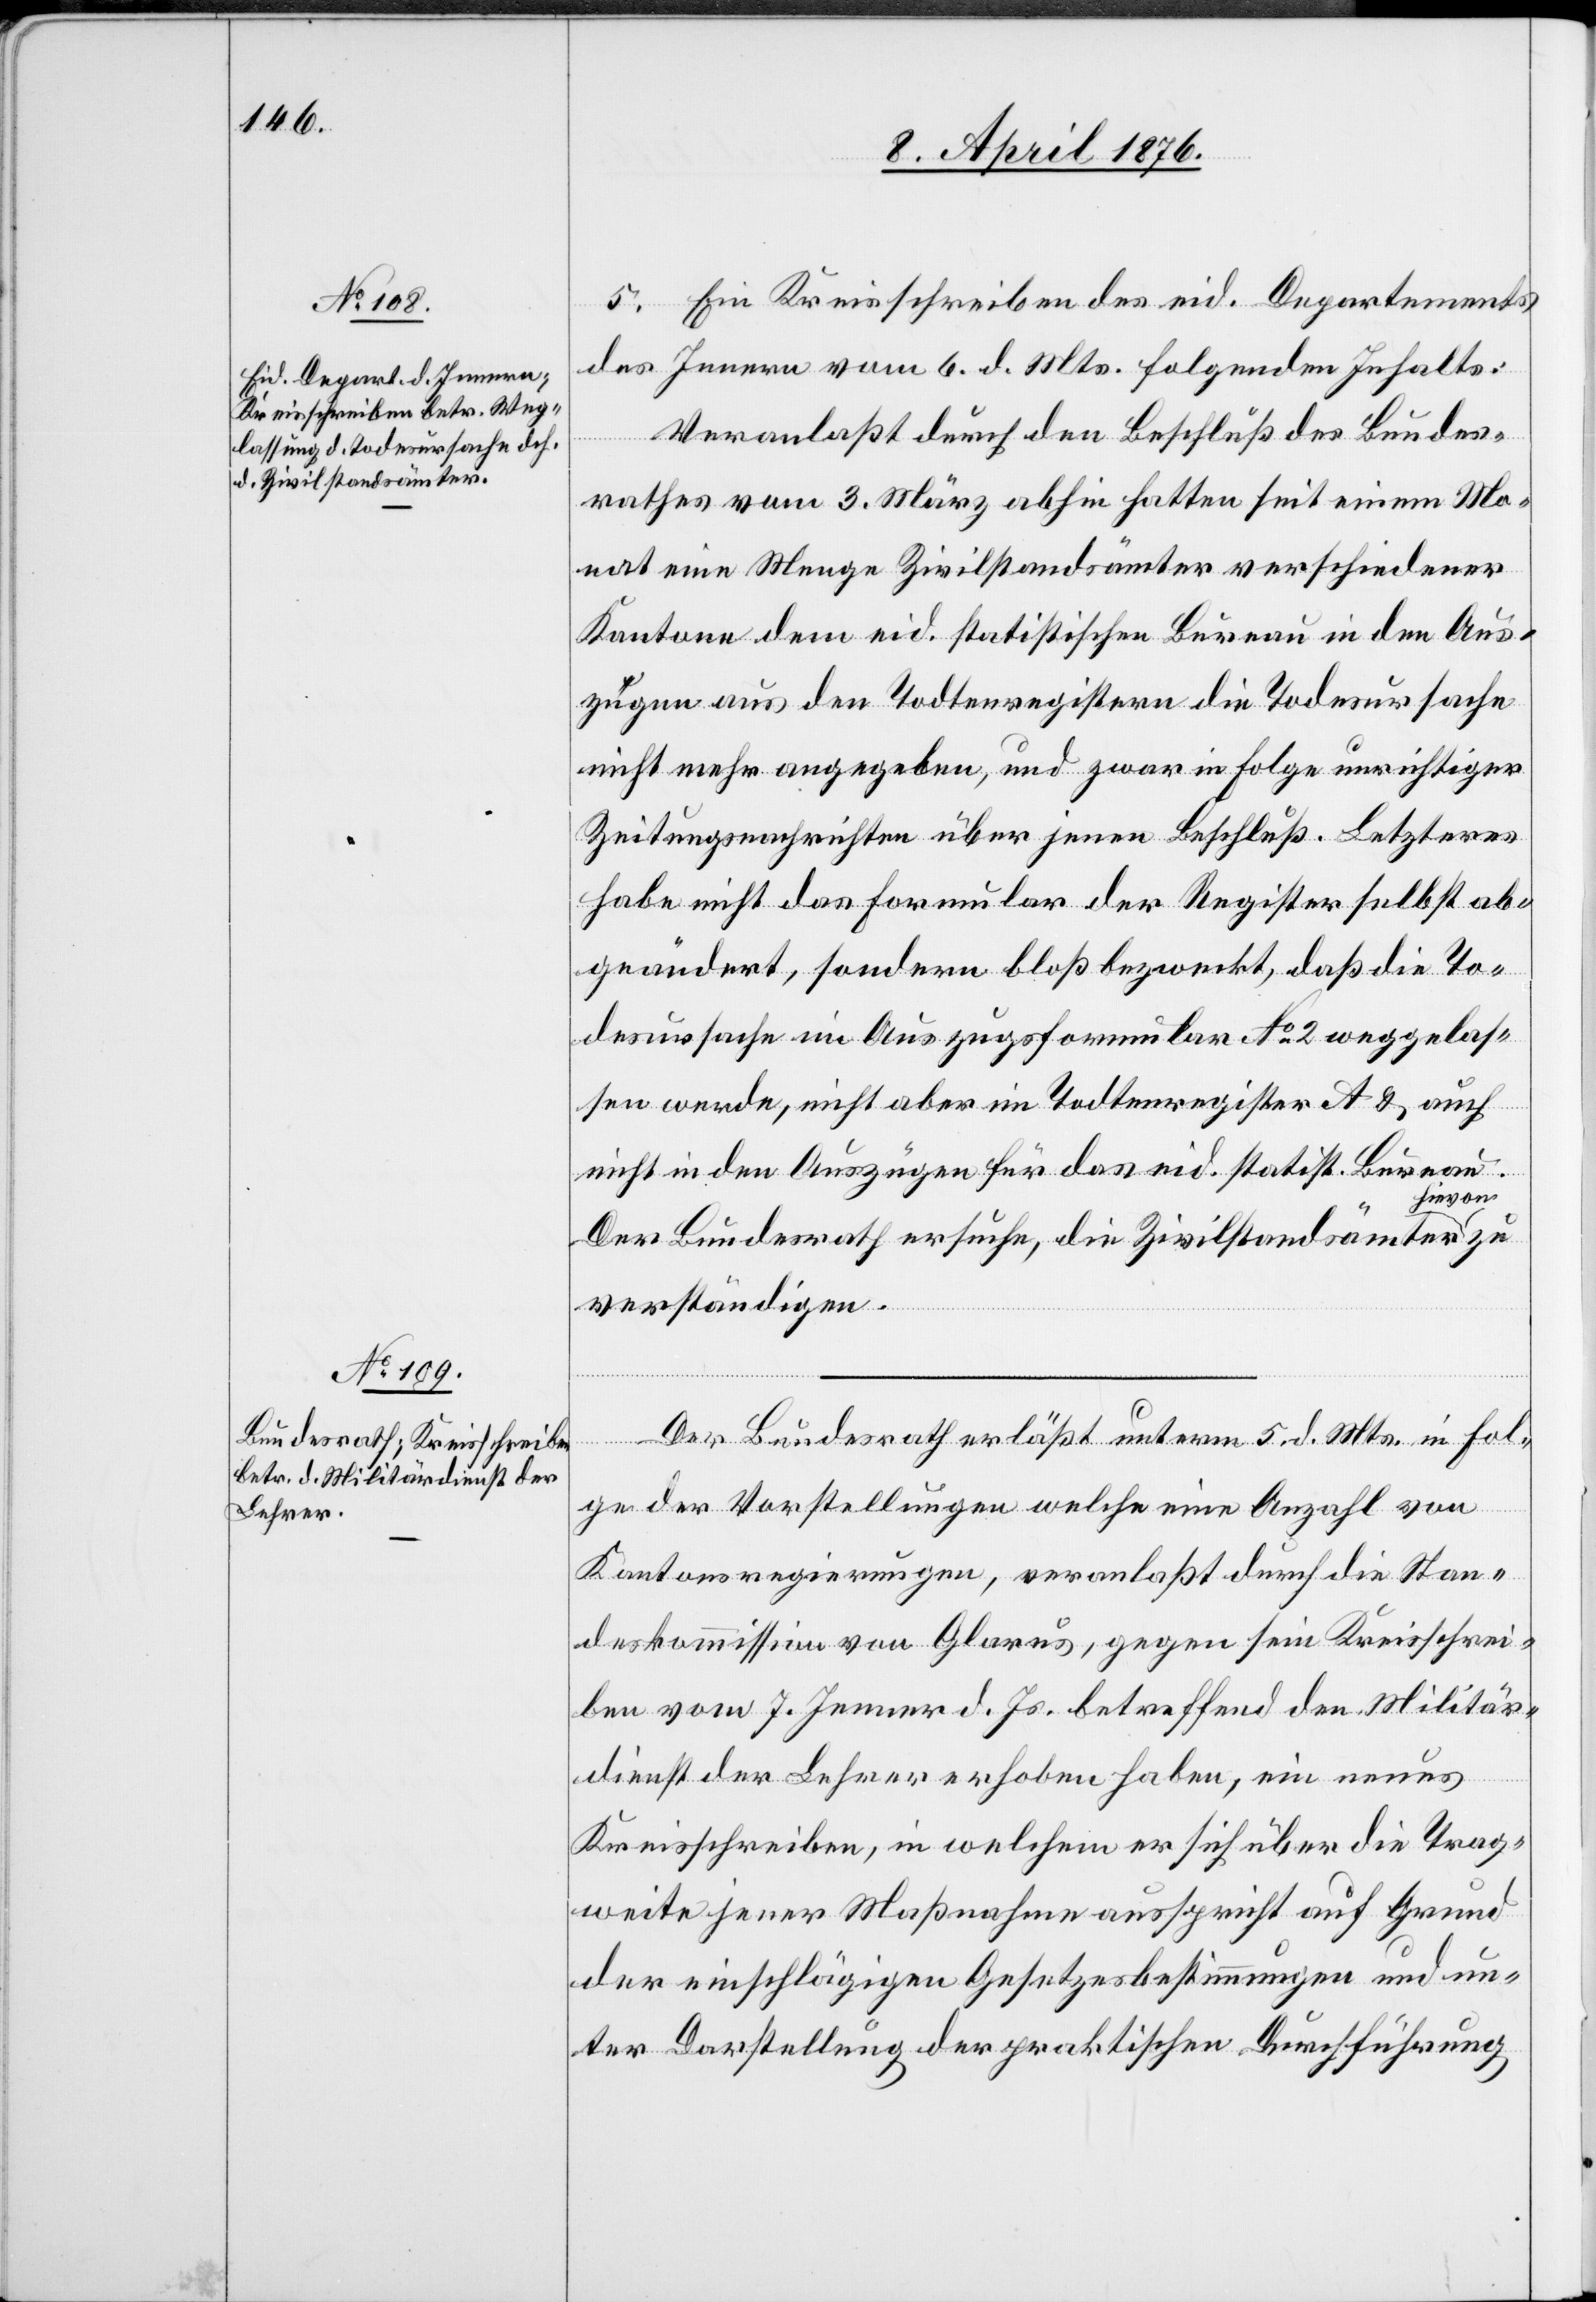
8. April 1876.]
5. Ein Kreisschreiben des eid. Departements
des Innern vom 6. d. Mts. folgenden Inhalts:
Veranlaßt durch den Beschluß des Bundes¬
rathes vom 3. März abhin hatten seit einem Mo¬
nat eine Menge Zivilstandsämter verschiedener
Kantone dem eid. statistischen Bureau in den Aus¬
zügen aus den Todtenregistern die Todesursache
nicht mehr angegeben, und zwar in Folge unrichtiger
Zeitungsnachrichten über jenen Beschluß. Letzterer
habe nicht das Formular der Register selbst ab¬
geändert, sondern bloß bezweckt, daß die To¬
desursache im Auszugsformular No 2 weggelas¬
sen werde, nicht aber im Todtenregister A & auch
nicht in den Auszügen für das eid. statist. Bureau.
hievon
Der Bundesrath ersuche, die Zivilstandsämter
verständigen.
Der Bundesrath erläßt unterm 5. d. Mts. in Fol¬
ge der Vorstellungen welche eine Anzahl von
Kantonsregierungen, veranlaßt durch die Stan¬
deskommission von Glarus, gegen sein Kreisschrei¬
ben vom 7. Jenner d. Js. betreffend den Militär¬
dienst der Lehrer erhoben haben, ein neues
Kreisschreiben, in welchem er sich über die Trag¬
weite jener Maßnahme ausspricht auf Grund
der einschlägigen Gesetzesbestimmungen und un¬
ter Darstellung der praktischen Durchführung